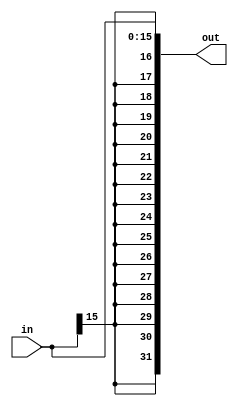
module sign_extend #(parameter INPU_WIDTH = 16, OUTPUT_WIDTH = 32)(
    input [INPU_WIDTH - 1 : 0] in,
    output  [OUTPUT_WIDTH - 1 : 0] out
);

    assign out = {{(OUTPUT_WIDTH - INPU_WIDTH){in[INPU_WIDTH - 1]}}, in};
endmodule